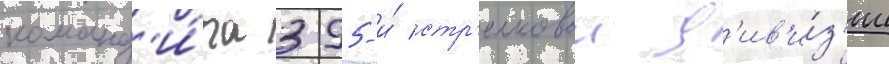
команд'и́ра 395-и́ стр'елковои д'ив'и́з'ии